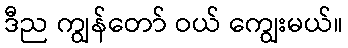
ဒီည ကျွန်တော် ဝယ် ကျွေးမယ်။